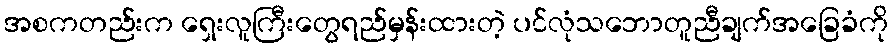
အစကတည်းက ရှေးလူကြီးတွေရည်မှန်းထားတဲ့ ပင်လုံသဘောတူညီချက်အခြေခံကို